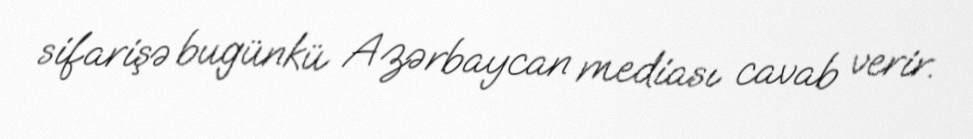
sifarişə bugünkü Azərbaycan mediası cavab verir.